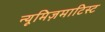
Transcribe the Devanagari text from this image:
न्यूमिज़माटिस्ट